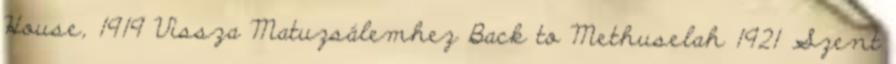
House, 1919 Vissza Matuzsálemhez Back to Methuselah 1921 Szent